Lunatic asylums Central Provinces reports 1874-1885 - 1874-1885
Year: 1874
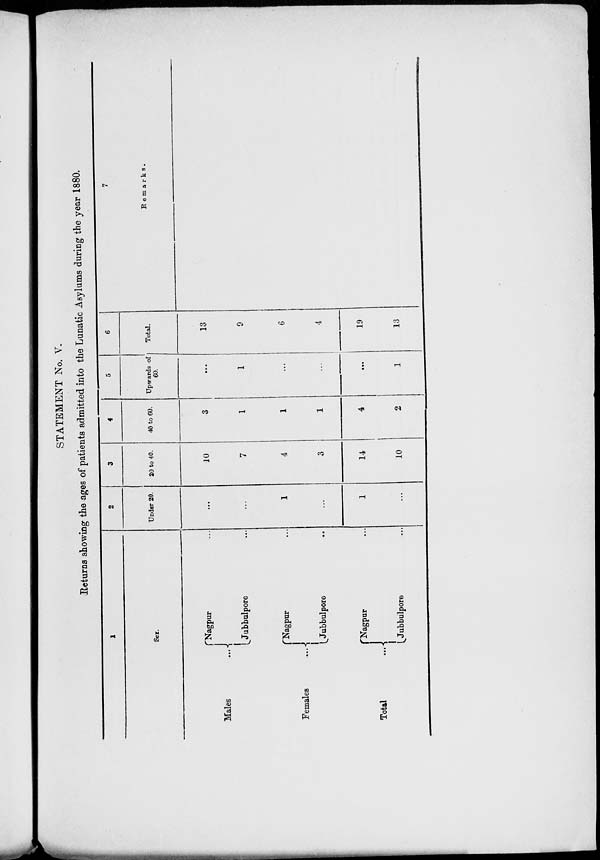
STATEMENT No. V.
Returns showing the ages of patients admitted into the Lunatic Asylums during the year 1880.
1
Sex.
Males ...
Females ...
Total ...
Nagpur ...
Jubbulpore ...
Nagpur ...
Jubbulpore ...
Nagpur ...
Jubbulpore ...
2
Under 20.
...
...
1
...
1
...
3
20 to 40.
10
7
4
3
14
10
4
40 to 60.
3
1
1
1
4
2
5
Upwards of
60.
...
1
...
...
...
1
6
Total.
13
9
6
4
19
13
7
Remarks.